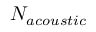
N _ { a c o u s t i c }